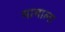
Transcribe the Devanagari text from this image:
मामाला